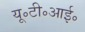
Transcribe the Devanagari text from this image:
यू॰टी॰आई॰